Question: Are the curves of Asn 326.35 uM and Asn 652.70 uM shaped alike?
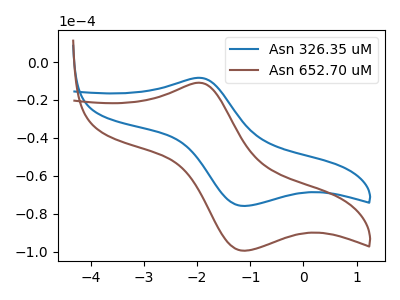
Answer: <think>The blue curve "Asn 326.35 uM" has an anodic peak at (-1.95V, -8.35uA) and a cathodic peak at (-1.10V, -75.95uA). The brown curve "Asn 652.70 uM" has an anodic peak at (-1.95V, -10.95uA) and a cathodic peak at (-1.10V, -99.55uA).
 All the peaks in "Asn 326.35 uM" have a peak in "Asn 652.70 uM" at the same potential.</think>
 <answer>"Asn 326.35 uM" and "Asn 652.70 uM" are similar in shape.</answer>
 <eval>same_shape</eval>